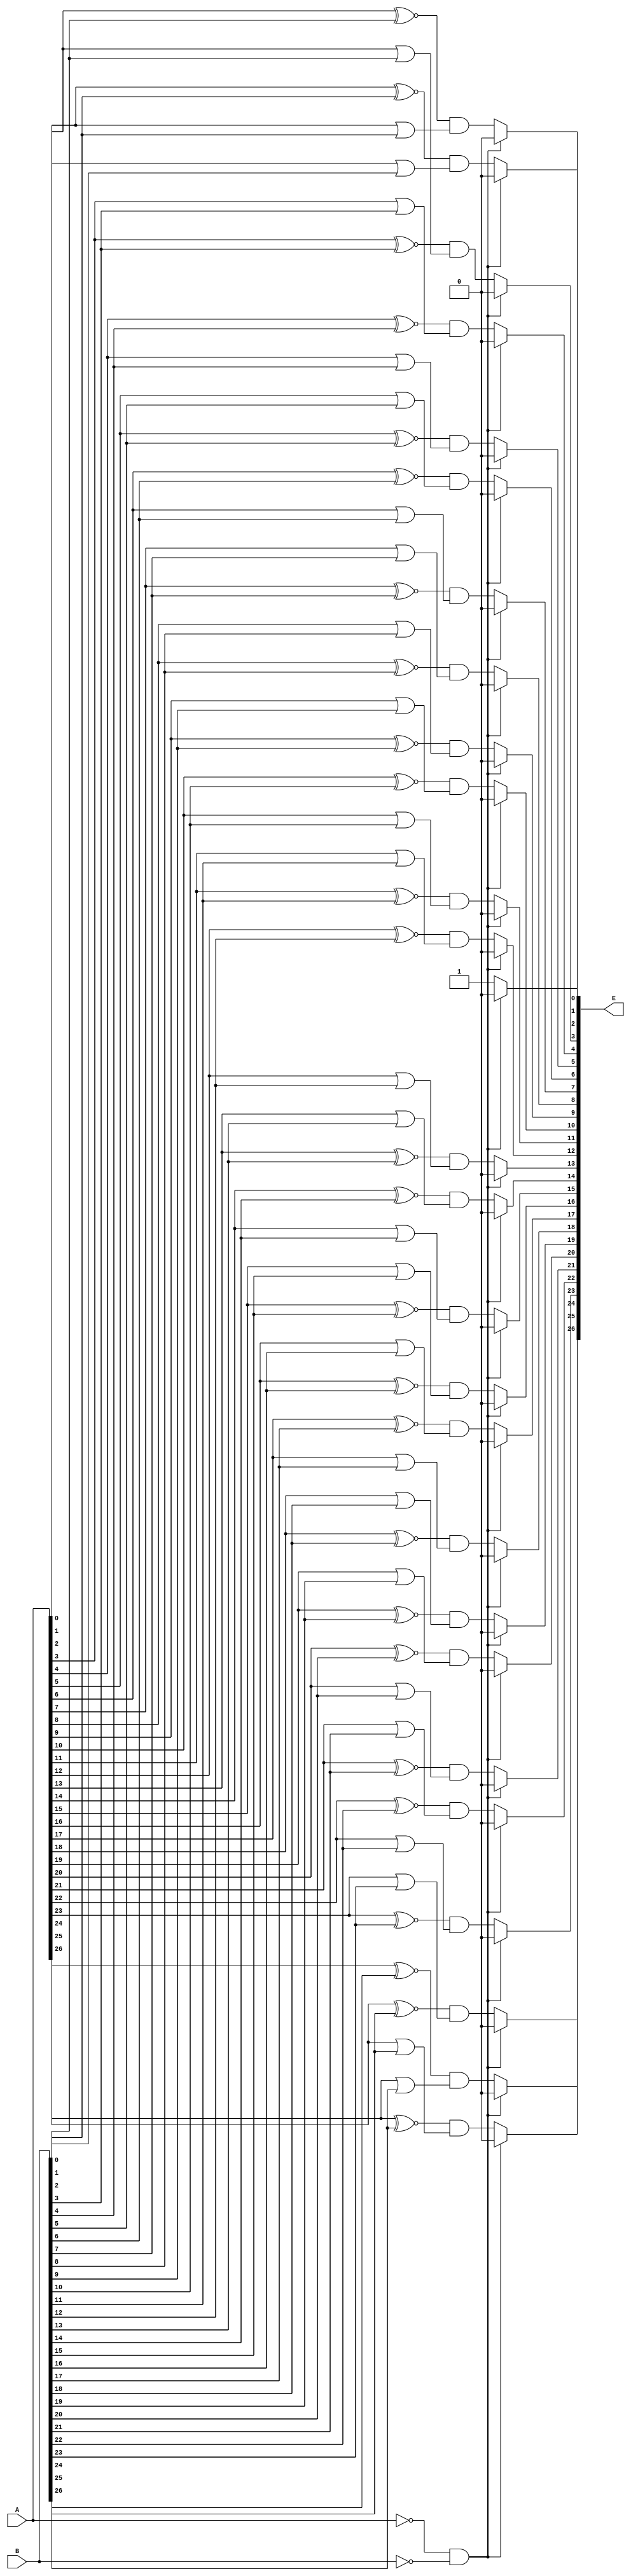
module LZA_1_modified (A,B,E);
input [26:0]A,B;
output reg [26:0]E;
always@(*)
    begin
		if((A == 27'b 0000_0000_0000_0000_0000_0000_000) && (B == 27'b 0000_0000_0000_0000_0000_0000_000))
			begin
				E = 27'b 0000_0000_0000_0000_0000_0000_000; 
			end
		else
			begin
				E[0] = 1'b1;
				E[1] = (A[1]~^B[1]) & (A[0]|B[0]);
				E[2] = (A[2]~^B[2]) & (A[1]|B[1]);
				E[3] = (A[3]~^B[3]) & (A[2]|B[2]);
				E[4] = (A[4]~^B[4]) & (A[3]|B[3]);
				E[5] = (A[5]~^B[5]) & (A[4]|B[4]);
				E[6] = (A[6]~^B[6]) & (A[5]|B[5]);
				E[7] = (A[7]~^B[7]) & (A[6]|B[6]);
				E[8] = (A[8]~^B[8]) & (A[7]|B[7]);
				E[9] = (A[9]~^B[9]) & (A[8]|B[8]);
				E[10] = (A[10]~^B[10]) & (A[9]|B[9]);
				E[11] = (A[11]~^B[11]) & (A[10]|B[10]);
				E[12] = (A[12]~^B[12]) & (A[11]|B[11]);
				E[13] = (A[13]~^B[13]) & (A[12]|B[12]);
				E[14] = (A[14]~^B[14]) & (A[13]|B[13]);
				E[15] = (A[15]~^B[15]) & (A[14]|B[14]);
				E[16] = (A[16]~^B[16]) & (A[15]|B[15]);
				E[17] = (A[17]~^B[17]) & (A[16]|B[16]);
				E[18] = (A[18]~^B[18]) & (A[17]|B[17]);
				E[19] = (A[19]~^B[19]) & (A[18]|B[18]);
				E[20] = (A[20]~^B[20]) & (A[19]|B[19]);
				E[21] = (A[21]~^B[21]) & (A[20]|B[20]);
				E[22] = (A[22]~^B[22]) & (A[21]|B[21]);
				E[23] = (A[23]~^B[23]) & (A[22]|B[22]);
				E[24] = (A[24]~^B[24]) & (A[23]|B[23]);
				E[25] = (A[25]~^B[25]) & (A[24]|B[24]);
				E[26] = (A[26]~^B[26]) & (A[25]|B[25]);
			end
		  end
		  endmodule